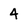
Character: 4